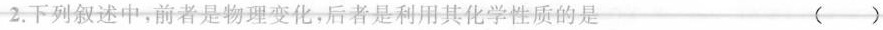
2.下列叙述中，前者是物理变化，后者是利用其化学性质的是()